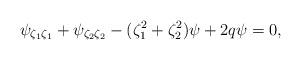
LaTeX: \begin{align*}\psi_{\zeta_1\zeta_1}+\psi_{\zeta_2\zeta_2}-(\zeta_1^2+\zeta_2^2)\psi + 2q\psi= 0,\end{align*}